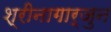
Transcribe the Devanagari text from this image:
श्रीनागार्जुन